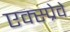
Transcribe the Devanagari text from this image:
एक्स्प्रेवे